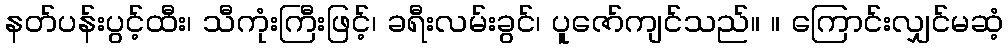
နတ်ပန်းပွင့်ထီး၊ သီကုံးကြီးဖြင့်၊ ခရီးလမ်းခွင်၊ ပူဇော်ကျင်သည်။ ။ ကြောင်းလျှင်မဆံ့